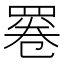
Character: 𦋓